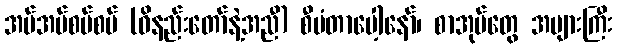
အပ်အပ်စပ်စပ် (ဝိနည်းတော်နဲ့အညီ) စီမံတာပေါ့နော်၊ စာအုပ်တွေ အများကြီး